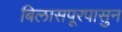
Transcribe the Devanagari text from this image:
बिलासपूरपासुन